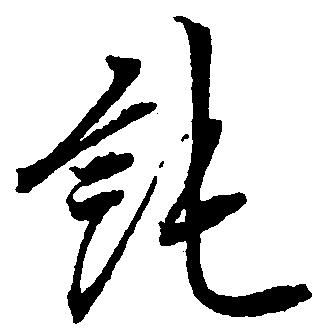
純